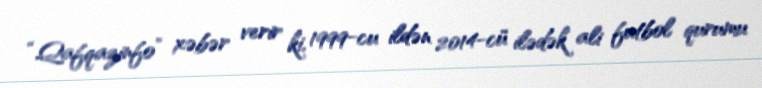
“Qafqazinfo” xəbər verir ki, 1999-cu ildən 2014-cü ilədək ali futbol qurumu